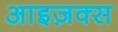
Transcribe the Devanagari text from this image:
आइज़क्स